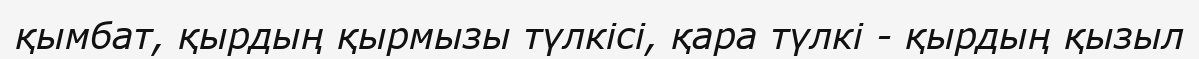
қымбат, қырдың қырмызы түлкісі, қара түлкі - қырдың қызыл